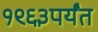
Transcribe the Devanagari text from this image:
१९६३पर्यंत